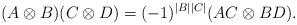
LaTeX: \begin{align*}(A\otimes B)(C\otimes D) = (-1)^{|B||C|}(AC\otimes BD).\end{align*}